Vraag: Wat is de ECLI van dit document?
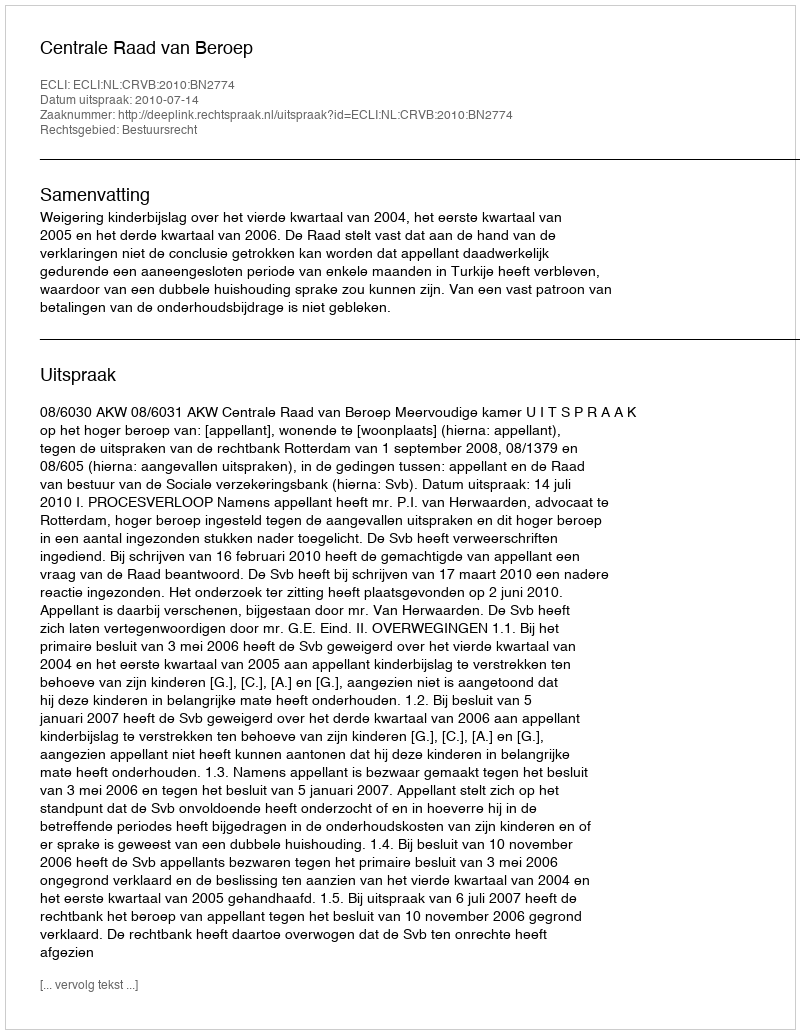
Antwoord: ECLI:NL:CRVB:2010:BN2774